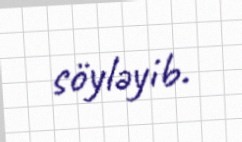
söyləyib.